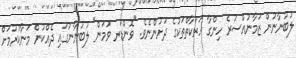
ލުބުނާނުން ޒަމާނުއްސުރެ ހިންގާ ހަރަކާތްތަކުގެ ދަށުންނެވެ. "ވޮންޑަރ ވުމަން" ލުބުނާނުގައި ދެއްކުން މަނާކުރުމަށް